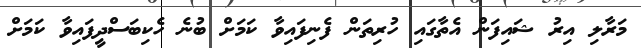
މަރާލި އިރު ޝައިފަން އެތާގައި ހުރިތަން ފެނިފައިވާ ކަމަށް ބުނެ ހެކިބަސްދީފައިވާ ކަމަށް